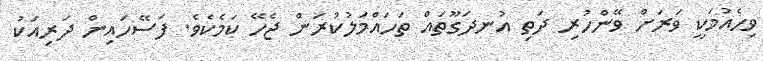
ވިހެއުމަކީ ވަރަށް ވޭންހުރި ދަތި އުނދަގޫތައް ތަހައްމަލުކުރަން ޖެހޭ ކަމެކެވެ. ފަސޭހައިން ދަރިއަކު